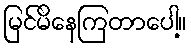
မြင်မိနေကြတာပေါ့။